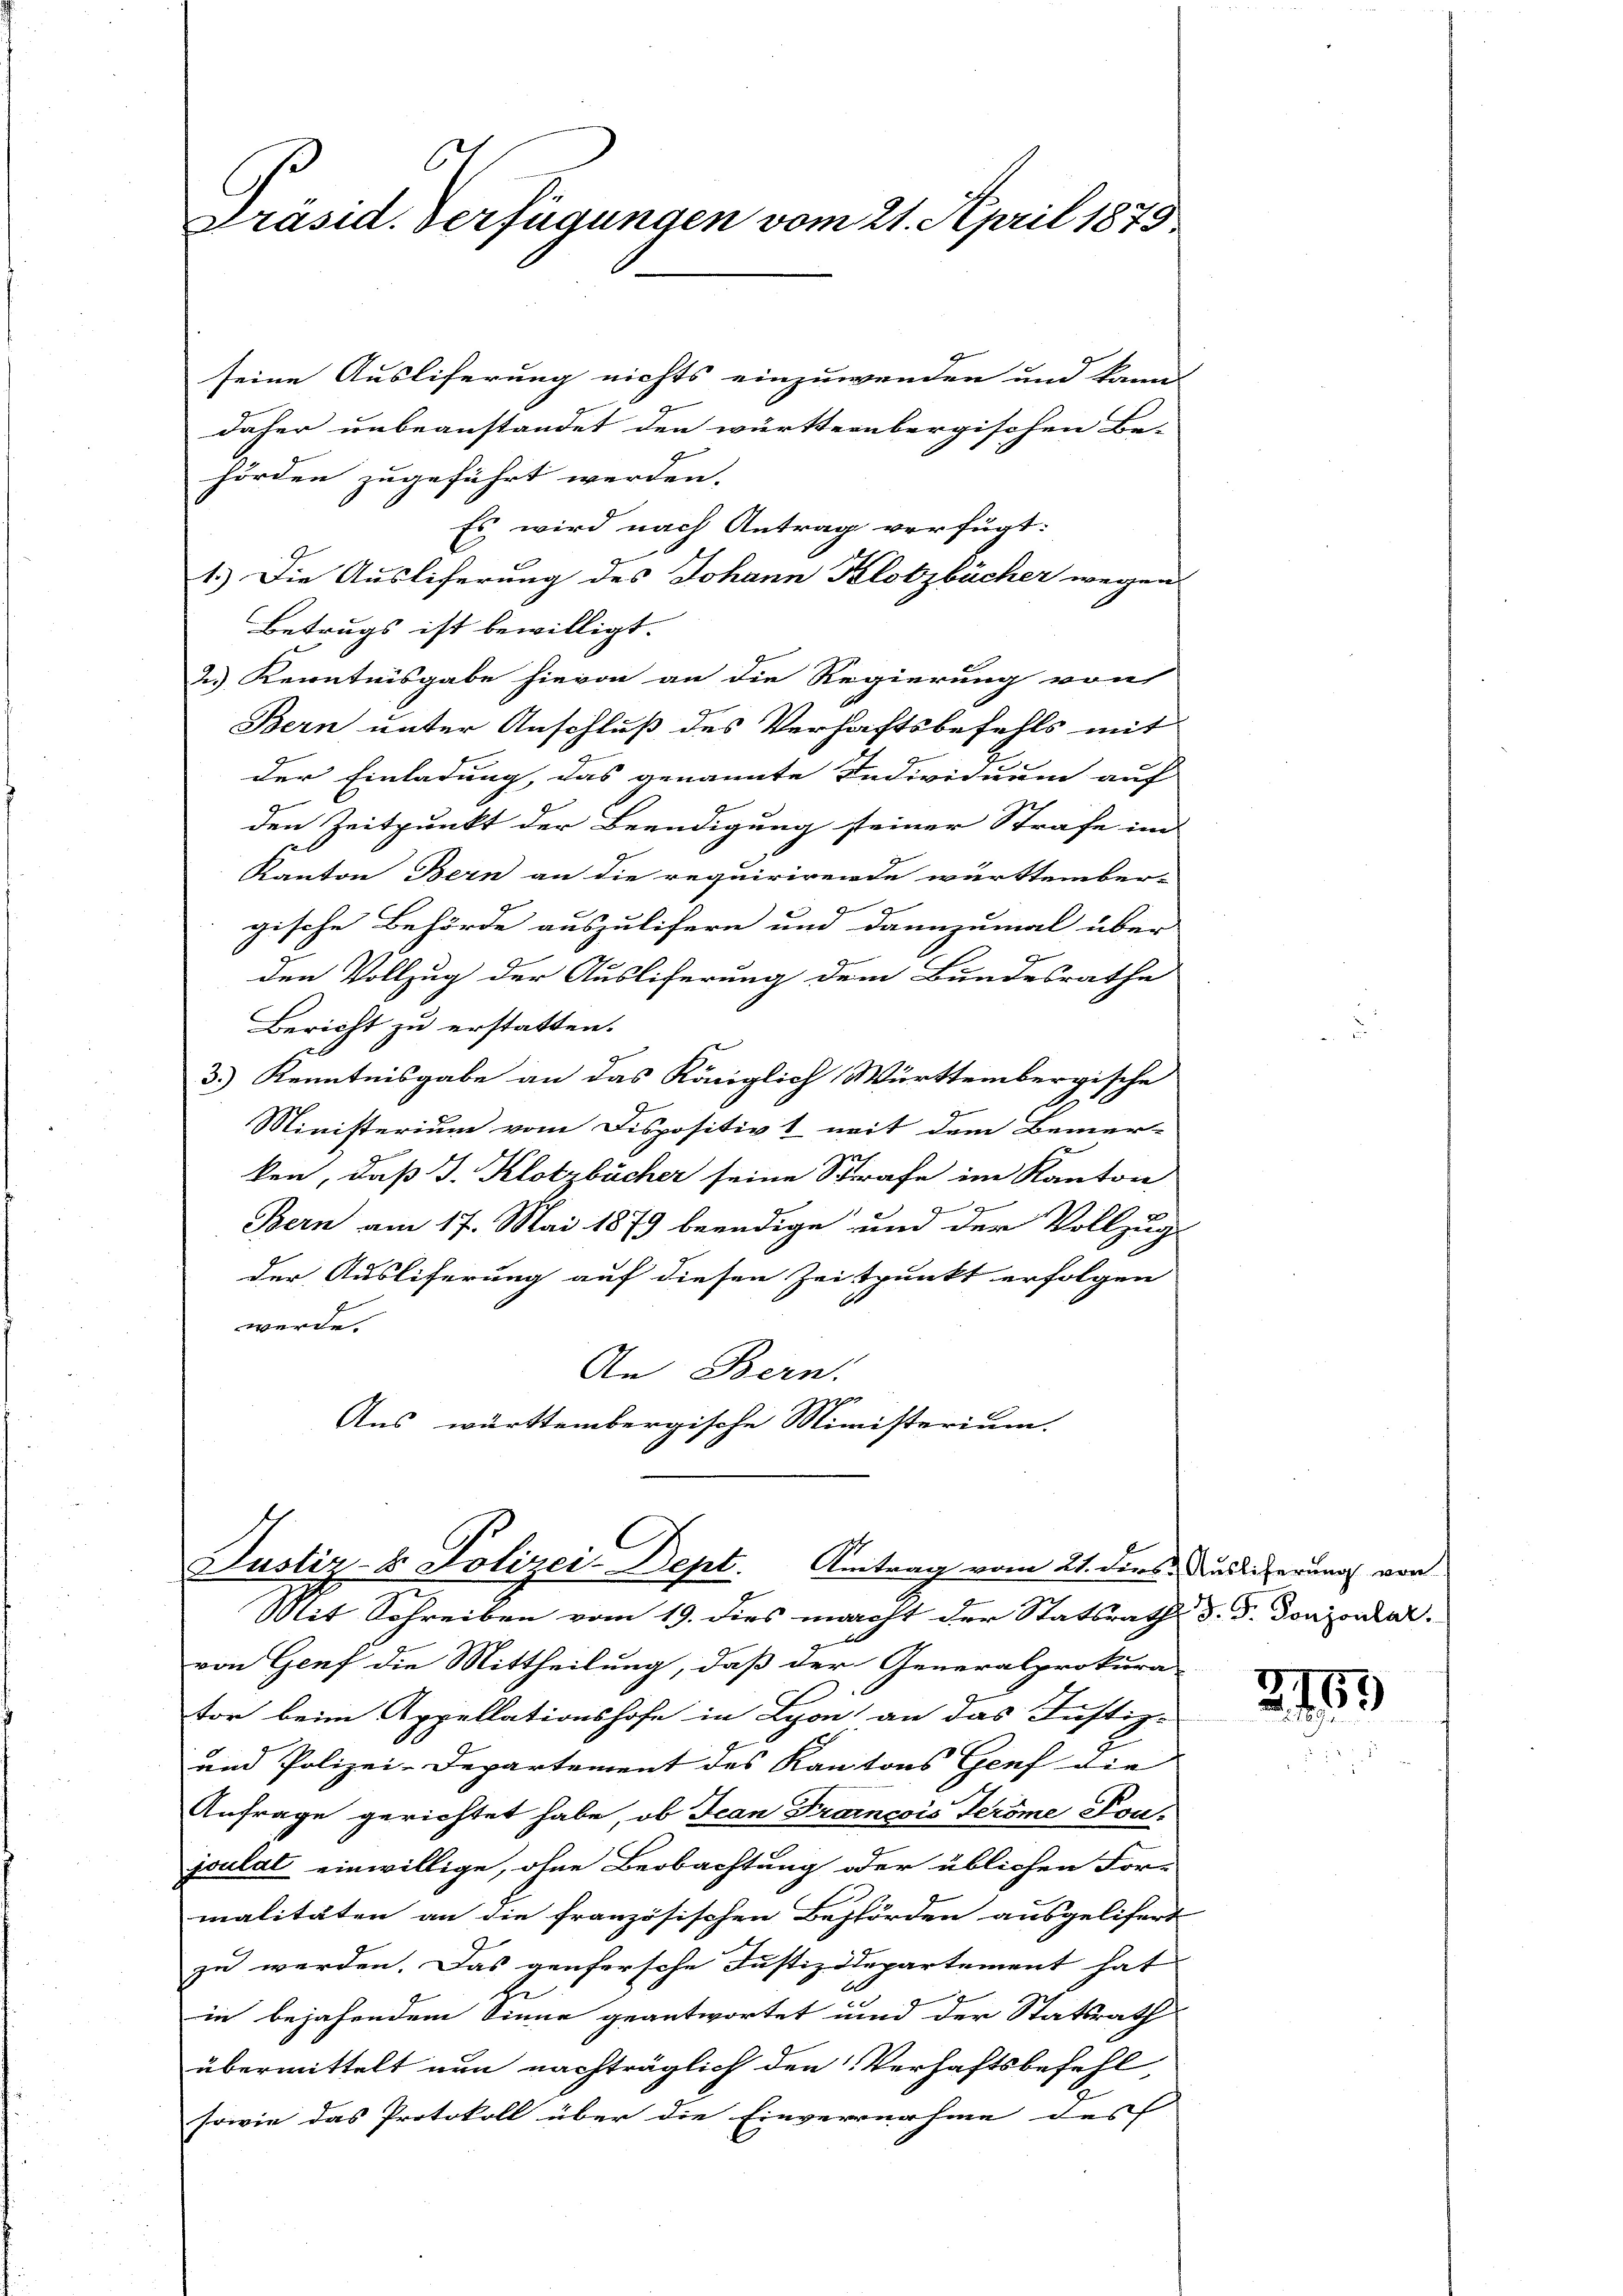
Präsid. Verfügungen vom 21. April 1879

seine Ausliferung nichts einzuwenden und kann
daher unbeanstandet den württembergischen Be-
hörden zugeführt werden.
Es wird nach Antrag verfügt:
1.) Die Auslieferung des Johann Klobzbücher wegen
Betrugs ist bewilligt.
2.) Kenntnisgabe hievon an die Regierung von
Bern unter Anschluß des Verhaftsbefehls mit
der Einladung, das genannte Individuum auf
den Zeitpunkt der Beendigung seiner Strafe un
Kanton Bern an die requirirende württember-
gische Behörde auszulifern und dannzumal über
Ge
den Vollzug der Ausliferung dem Bundesrathe
Bericht zu erstatten.
3.) Kenntnisgabe an das Königlich Württembergische
Ministerium vom Dispositivt mit dem Bemer-

ken, daß I. Klotzbücher seine Strafe im Kanton

Bern am 17. Mai 1879 beendige und der Vollzug
der Ausliferung auf diesen Zeitpunkt erfolgen
werde.
An Bern.
Aus württembergische Ministerium,

.
Justiz- & Polizei-Dept. Antrag vom 21. ders Auslieferung von
Mit Schreiben vom 19. dies macht der Statsrath d. d. Donzonar

von Genf die Mittheilung, daß der Generalprokura-
tor beim Appellationshofe in Lyon an das Justiz-
und Polizei-Departement des Kantons Genf die
Anfrage gerichtet habe, ob Jean Francois Teröme Pon-
joulat einwillige, ohne Beobachtung oder üblichen For-
malitäten an die französischen Behörden ausgelifert
zu werden. Das genfersche Justizdepartement hat
in bejahendem Sinne geantwortet und der Statsrath
übermittelt nun nachträglich den Verhaftsbefehl,
sowie das Protokoll über die Einvernahme des |

2785